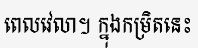
ពេលវេលា។ ក្នុងកម្រិតនេះ